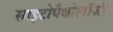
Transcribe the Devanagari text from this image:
साइटोपैथोलॉजी